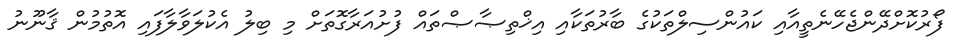
ފޯރުކޮށްދޭންޖެހޭނެތީއާއި ކައުންސިލްތަކުގެ ބާރުތަކާއި އިޚްތިޞާޞްތައް ފުށުއަރާގޮތަށް މި ބިލު އެކުލަވާލާފައި އޮތުމުން ޤާނޫނު